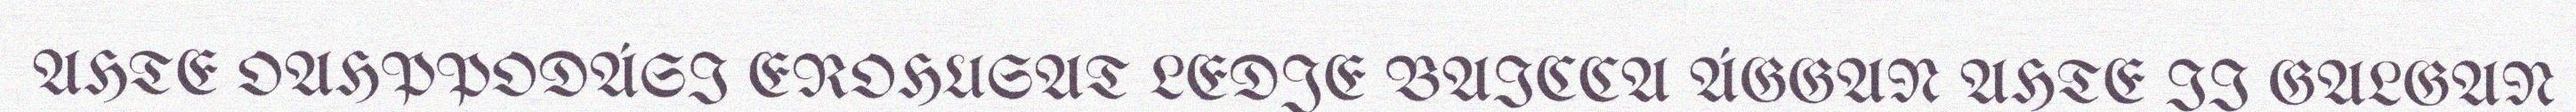
AHTE OAHPPODÁSI EROHUSAT LEDJE BAICCA ÁGGAN AHTE II GALGAN